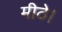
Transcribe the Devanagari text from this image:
मीठे।